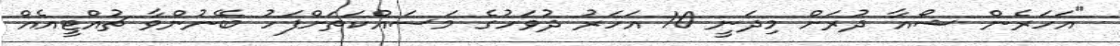
"އަހަރެން ޝޯއާ ދުރަށް މިދަނީ 10 އަހަރު ދުވަހުގެ މަސައްކަތަށްފަހު ބޭނުންވާ ޗުއްޓީއެއް